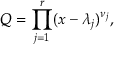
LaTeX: Q = \prod _ { j = 1 } ^ { r } ( x - \lambda _ { j } ) ^ { \nu _ { j } } ,